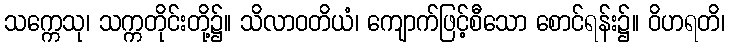
သက္ကေသု၊ သက္ကတိုင်းတို့၌။ သိလာဝတိယံ၊ ကျောက်ဖြင့်စီသော စောင်ရန်း၌။ ဝိဟရတိ၊